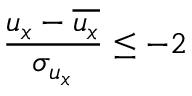
\frac { u _ { x } - \overline { { u _ { x } } } } { \sigma _ { u _ { x } } } \leq - 2